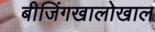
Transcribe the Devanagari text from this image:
बीजिंगखालोखाल